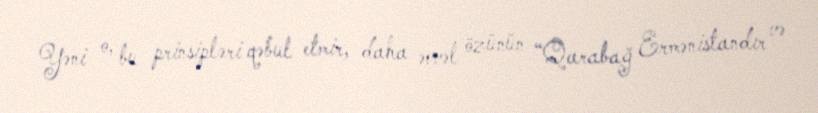
Yəni o, bu prinsipləri qəbul etmir, daha əvvəl özünün “Qarabağ Ermənistandır və